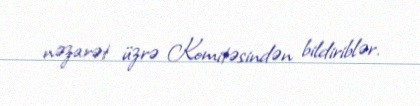
nəzarət üzrə Komitəsindən bildiriblər.